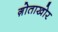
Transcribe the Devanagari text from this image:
ग़ोताखोर